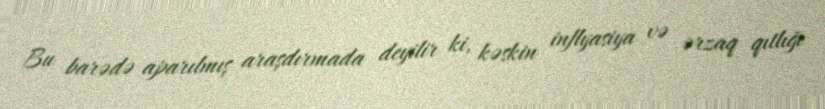
Bu barədə aparılmış araşdırmada deyilir ki, kəskin inflyasiya və ərzaq qıtlığı